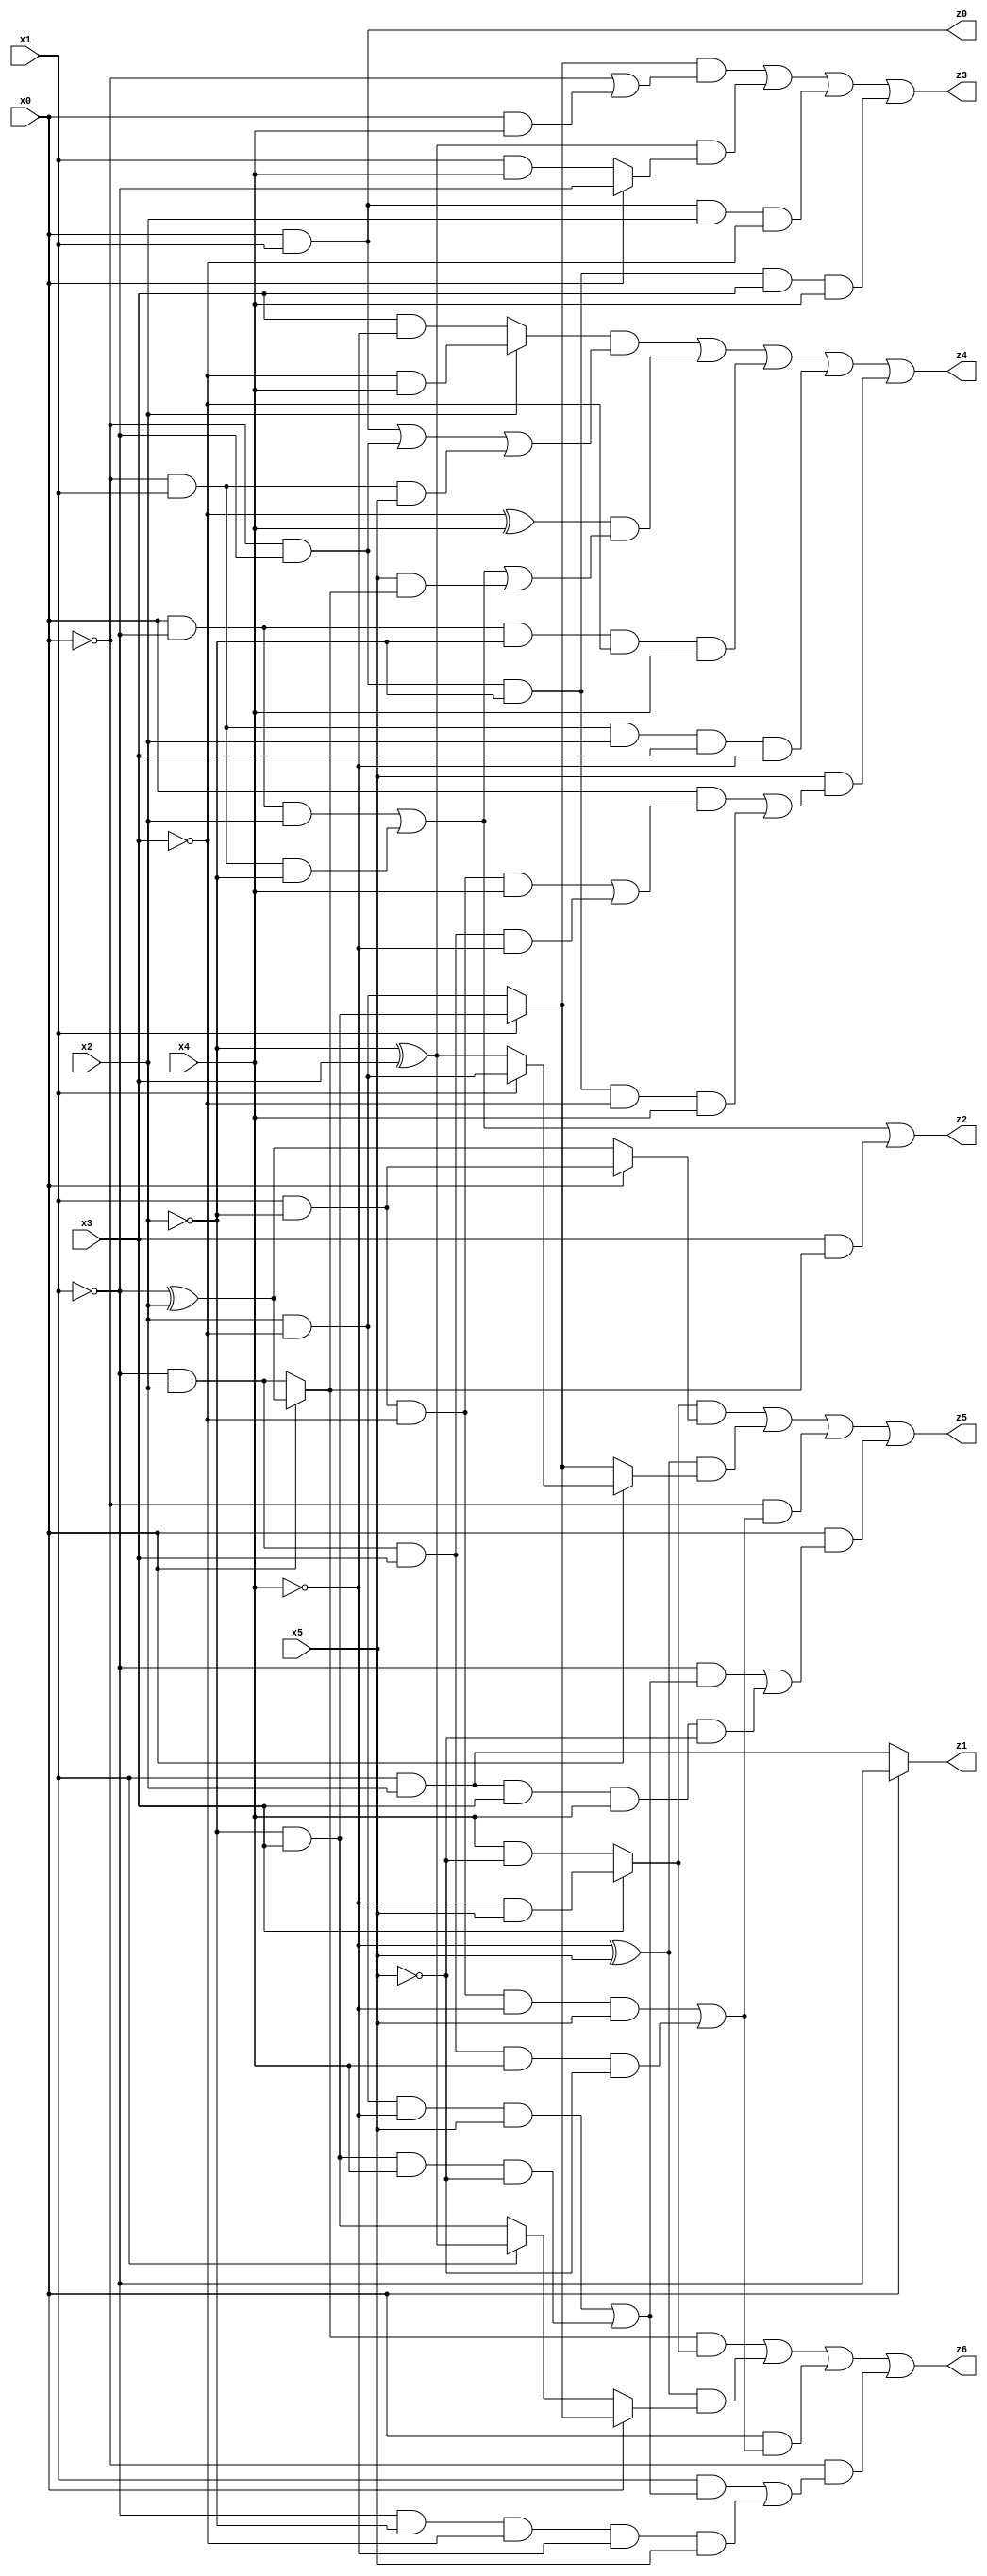
// Benchmark "q_1" written by ABC on Thu Jul 06 14:14:28 2023

module q_1 ( 
    x0, x1, x2, x3, x4, x5,
    z0, z1, z2, z3, z4, z5, z6  );
  input  x0, x1, x2, x3, x4, x5;
  output z0, z1, z2, z3, z4, z5, z6;
  assign z0 = x0 & x1;
  assign z1 = x0 ? ~x1 : (x1 & x2);
  assign z2 = (x0 & ~x1 & x2) | (~x0 & x1 & ~x2) | (x3 & (x0 ? (~x1 ^ x2) : (~x1 & x2)));
  assign z3 = ((x1 ? (~x2 & x3) : (x2 & ~x3)) & (~x0 | (x0 & x4))) | ((~x2 ^ x3) & (x0 ? ~x1 : (x1 & x4))) | (x0 & x1 & x2 & ~x3) | (~x0 & ~x1 & ~x2 & x3 & x4);
  assign z4 = ((x2 ? (~x3 & x4) : (x3 & ~x4)) & ((x0 & x1) | (~x0 & ~x1) | (~x0 & x1 & x5))) | ((~x3 ^ x4) & ((x0 & ~x1 & x2) | (~x0 & x1 & ~x2) | (x5 & (x0 ? (~x1 ^ x2) : (~x1 & x2))))) | (x0 & ~x1 & ~x2 & ~x3 & x4) | (~x0 & x1 & x2 & x3 & ~x4) | (x5 & ((x0 & ((x1 & ~x2 & ~x3 & x4) | (~x1 & x2 & x3 & ~x4))) | (~x0 & ~x1 & ~x2 & ~x3 & x4)));
  assign z5 = ((x3 ? (~x4 & x5) : (x4 & ~x5)) & (x0 ? (x1 & ~x2) : (~x1 ^ x2))) | ((~x4 ^ x5) & (x0 ? (x1 ? (x2 & ~x3) : (~x2 ^ x3)) : (x1 ? (~x2 & x3) : (x2 & ~x3)))) | (~x0 & ((x1 & ~x2 & ~x3 & ~x4 & x5) | (~x1 & x2 & x3 & x4 & ~x5))) | (x0 & ((~x1 & ((x2 & ~x3 & ~x4 & x5) | (~x2 & x3 & x4 & ~x5))) | (x1 & x2 & x3 & x4 & ~x5)));
  assign z6 = ((x0 ? (~x1 ^ x2) : (~x1 & x2)) & (x3 ? (~x4 & x5) : (x4 & ~x5))) | ((~x4 ^ x5) & (x0 ? (x1 ? (~x2 & x3) : (x2 & ~x3)) : (x1 ? (~x2 ^ x3) : (~x2 & x3)))) | (x0 & ((x1 & ~x2 & ~x3 & ~x4 & x5) | (~x1 & x2 & x3 & x4 & ~x5))) | (~x0 & ((x1 & ((x2 & ~x3 & ~x4 & x5) | (~x2 & x3 & x4 & ~x5))) | (~x1 & ~x2 & ~x3 & ~x4 & x5)));
endmodule